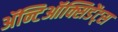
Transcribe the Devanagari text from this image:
ॲन्टिऑक्सिडेंट्स